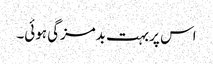
اس پر بہت بدمزگی ہوئی۔